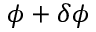
\phi + \delta \phi